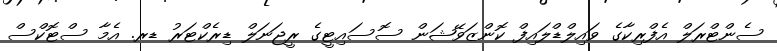
ސެންޓްރަލް އެފްރިކާގެ ވައިލްޑްލައިފް ކޮންޒަވޭޝަން ސޮސައިޓީގެ ރީޖަނަލް ޑިރެކްޓަރު ޑރ. އެމާ ސްޓޮކްސް